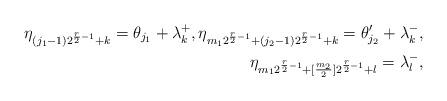
LaTeX: \begin{align*} \eta_{(j_1-1)2^{{r\over 2}-1}+k}= \theta_{j_1} + \lambda_k^+, \eta_{m_12^{{r\over 2}-1}+(j_2-1)2^{{r\over 2}-1}+k}= \theta_{j_2}' + \lambda_k^-, \\ \eta_{m_12^{{r\over 2}-1}+[{m_2\over2}]2^{{r\over 2}-1}+l}= \lambda_l^- ,\end{align*}